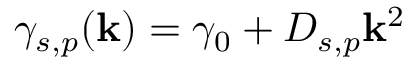
\gamma _ { s , p } ( \mathbf { k } ) = \gamma _ { 0 } + D _ { s , p } \mathbf { k } ^ { 2 }